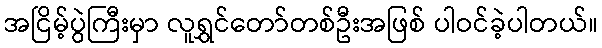
အငြိမ့်ပွဲကြီးမှာ လူရွှင်တော်တစ်ဦးအဖြစ် ပါဝင်ခဲ့ပါတယ်။